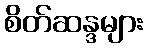
စိတ်ဆန္ဒများ